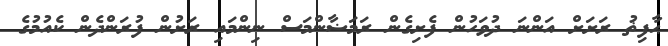
ޙާފިޡު ރަށަށް އަންނަ ދުވަހުން ފެށިގެން ރަމަޟާންމަސް ނިންމައި ރަށުން ފުރަންދެން ކެއުމުގެ